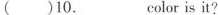
( )10._color is it?